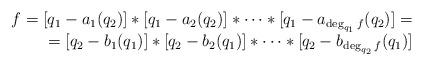
LaTeX: \begin{align*}\begin{array}{rr}f=[q_1-a_1(q_2)]*[q_1-a_2(q_2)]*\cdots*[q_1-a_{\deg_{q_1} f}(q_2)]=&\\=[q_2-b_1(q_1)]*[q_2-b_2(q_1)]*\cdots*[q_2-b_{\deg_{q_2} f}(q_1)]\end{array}\end{align*}